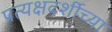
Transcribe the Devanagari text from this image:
प्रत्यक्षदर्शीच्या